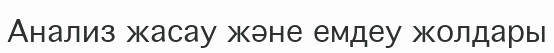
Анализ жасау және емдеу жолдары